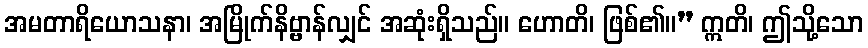
အမတာရိယောသနာ၊ အမြိုက်နိဗ္ဗာန်လျှင် အဆုံးရှိသည်။ ဟောတိ၊ ဖြစ်၏။” ဣတိ၊ ဤသို့သော